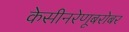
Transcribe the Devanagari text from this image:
केसीनरेणूबरोबर